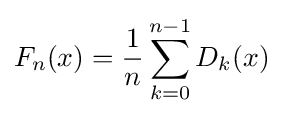
F_{n}(x)={\frac {1}{n}}\sum _{k=0}^{n-1}D_{k}(x)